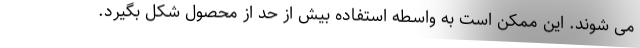
می شوند. این ممکن است به واسطه استفاده بیش از حد از محصول شکل بگیرد.